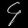
Digit: ၄